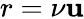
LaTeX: r=\nu\mathbf{u}